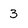
Character: 3